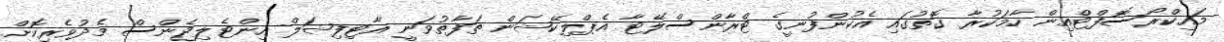
މައިކްރޯސޮފްޓްއިން ހާމަކުރާ ގޮތުގައި އެކުންފުނީގެ ޓްރާންސްލޭޓާ އެޕްލިކޭޝަން ތަފާތުވަނީ އާޓިފިޝަލް އިންޓެލިޖެންސް މެދުވެރިކޮށް